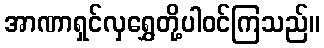
အာဏာရှင်လှရွှေတို့ပါဝင်ကြသည်။